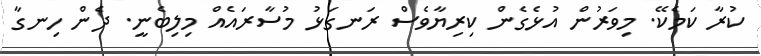
ކުރާ ކަމެކޭ. މިވަރުން އުޅެގެން ކިރިޔާވެސް ރަނގަޅު މުސާރައެއް މިލިބެނީ. ދެން ހިނގާ